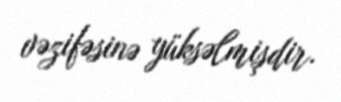
vəzifəsinə yüksəlmişdir.